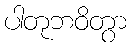
ပါတုဘဝိတွာ